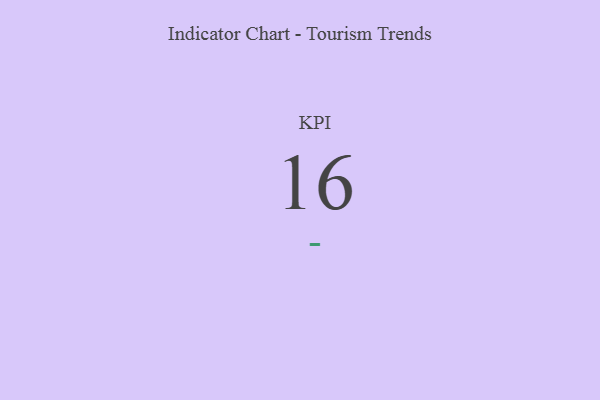
{"axis": {"x": "KPI", "y": "Value"}, "legend": [""], "data": [{"x": "KPI", "y": 16, "type": ""}]}